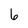
Character: 6